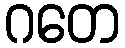
ဂတေ